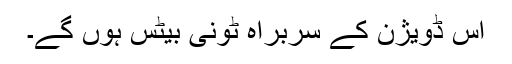
اس ڈویژن کے سربراہ ٹونی بیٹس ہوں گے۔